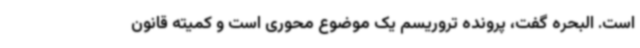
است‌. البحره گفت، پرونده تروریسم یک موضوع محوری است و کمیته قانون